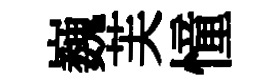
巍芙憧